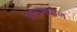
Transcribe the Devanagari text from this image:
घाटामधील